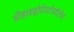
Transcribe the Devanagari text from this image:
डीहाइड्रोटेस्टोस्टेरोन